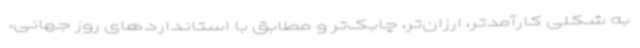
به شکلی کارآمدتر، ارزان‌تر، چابک‌تر و مطابق با استانداردهای روز جهانی،